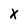
Character: X